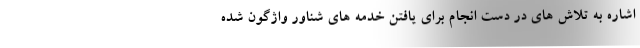
اشاره به تلاش های در دست انجام برای یافتن خدمه های شناور واژگون شده